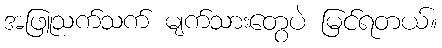
အဖြူသက်သက် မျက်သားတွေပဲ မြင်ရတယ်။